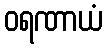
ဝရဏာယံ